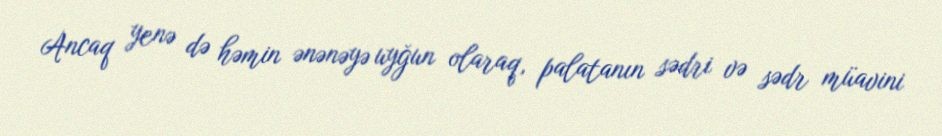
Ancaq yenə də həmin ənənəyə uyğun olaraq, palatanın sədri və sədr müavini